Lunatic asylums Punjab 1911-1921 - 1911-1921
Year: 1911
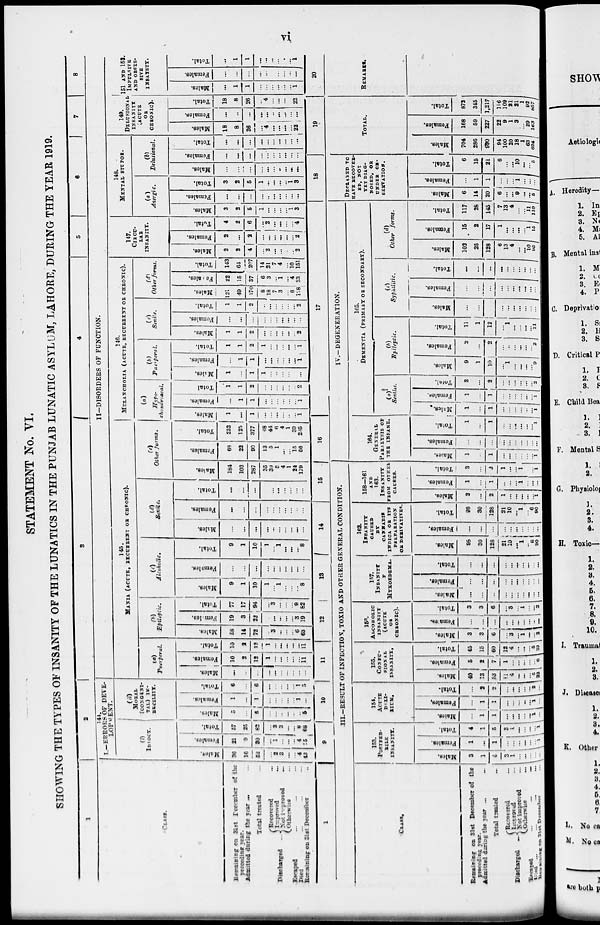
vi
STATEMENT No. VI.
SHOWING THE TYPES OF INSANITY OF THE LUNATICS IN THE PUNJAB LUNATIC ASYLUM, LAHORE, DURING THE YEAR 1919.
1
CLASS.
Remaining on 31st December of the
preceding year.
Admitted during the year ... ...
Total treated ...
Discharged ...
Recovered ...
Improved ...
Not improved ...
Otherwise ...
Escaped ... ... ...
Died ... ... ...
Remaining on 31st December ...
2
144.
I —ERRORS OF DEVE-
LOPMENT.
(i)
IDIOCY.
Males.
36
16
52
... 2
3
...
...
4
43
Females.
21 9
30
... 1
...
...
...
4
35
Total.
57
25
82
... 3
3
...
...
8
68
(ii)
MORAL
(CONGENI-
TAL) IM-
BECILITY.
Males.
5
...
5
...
...
...
...
...
..
5
Females.
1
...
1
...
...
...
...
1
...
Total.
6
...
6
...
...
...
...
...
1
5
5
6
7
8
II—DISORDERS OF FUNCTION.
145.
MANIA (ACUTE, RECUERENT OR CHRONIC).
(a)
Puerperal.
Mal es .
...
...
...
...
...
...
...
...
...
...
Femal es .
10
2
12
1
...
...
...
...
...
11
Tot al .
10
2
12
1
...
...
...
...
...
11
(b)
Epileptic.
Males.
58
14
72
...
3
...
...
...
6
63
Females.
19
3
22
...
...
...
...
...
3
19
Total.
77
17
94
...
3
...
...
...
9
82
(c)
Alcoholic.
Males.
9
1
10
1
...
1
...
...
...
8
Females.
...
...
...
...
...
...
...
...
...
...
Total.
9
1
10
1
...
1
...
...
...
8
(d)
Senile.
Males.
...
...
...
...
...
...
...
...
...
...
Females.
...
...
...
...
...
...
...
...
...
...
Total.
...
...
...
...
...
...
...
...
...
...
(e)
Other farms.
Males.
184
103
287
35
39
5
4
1
24
179
Females.
68
22
90
13
5
1
...
...
15
56
Total.
252
125
377
48
44
6
4
1
39
235
146.
MLLANCHOLIA (ACUTE, RECURRENT OF CHRONIC).
(a)
Hypo-
chondriacal.
Males.
1
...
1
...
...
...
...
...
...
1
Fe ma l
e s .
...
1
1
...
...
...
...
...
...
1
Tot al
1
1
2
...
...
...
...
...
...
2
(b)
Puerperal.
Mal es .
1
...
1
1
...
...
...
...
...
...
Femal es .
...
1
1
...
...
...
...
...
...
1
Tot al .
1
1
2
1
...
...
...
1
(c)
Senile.
Males.
1
1
2
...
...
...
...
...
...
2
Females.
...
...
...
...
...
...
...
...
...
...
Total.
1
1
2
..
...
...
...
...
...
2
(d)
Other forms.
Males.
121
49
170
8
18
7
3
...
6
128
Females.
22
15
37
6
3
...
1
...
4
23
Total.
143
64
207
14
21
7
4
...
10
151
147.
CIRCU-
LAR
INSANITY.
Males.
2
2
4
...
2
...
...
...
...
2
Females.
2
...
2
...
...
...
...
...
...
2
Total.
4
2
6
...
2
...
...
...
...
4
148.
MENTAL STUPOR.
(a)
Anergic.
Males.
3
2
5
1
...
...
...
...
1
3
Females.
...
...
...
...
...
...
...
...
...
...
Total.
3
2
5
1
...
...
...
...
1
3
(b)
Delusional.
Males.
...
...
...
...
...
...
...
...
...
...
Females.
...
...
...
...
...
...
...
...
...
...
Total.
...
...
...
...
...
...
...
...
...
...
149.
DELUSIONAL
INSANITY
(ACUTE
OR
CHRONIC).
Males.
18
8
26
...
4
...
...
...
22
Females.
...
...
...
...
...
...
...
...
...
...
Total.
18
8
26
...
4
...
...
...
...
22
151 AND 152.
IMPULSIVE
AND OBSES-
SIVE
INSANITY.
Males.
...
1
1
...
...
...
...
...
...
1
Females.
...
...
...
...
...
...
...
...
...
...
Total.
...
1
1
...
...
...
...
.
...
1
1
CLASS.
Remaining on 31st December of the
preceding year.
Admitted during the year ... ...
Total treated ...
Discharged
...
Recovered ...
Improved ...
Not improved ...
Otherwise ...
Escaped
...
...
...
Died ... ... ... ...
Remaining on 31st December...
9
10
11
12
13
14
15
III.–RESULT OF INFECTION, TOXIO AND OTHER GENERAL CONDITION.
153.
POSTFEB-
RILE
INSANITY.
Males.
3
1
4
3
1
...
...
...
... ...
Females.
1
...
1
...
...
...
...
...
...
1
Total.
4
1
5
3
1
..
...
...
...
1
154
ACUTE
DELI-
RIUM.
Males.
...
1
1
...
...
...
...
...
1
...
Females.
...
1
1
...
...
...
...
...
1 ...
Total.
...
2
2
...
...
...
...
...
2
...
155.
CONFU-
SIONAL
INSANITY.
Males.
40
13
53
11
4
...
...
...
5
33
Females.
5
2
7
1
...
...
...
...
...
6
Total.
45
15
60
12
4
...
...
...
5
39
156.
ALCOHOLIC
INSANITY
(ACUTE
OR
CHRONIC).
Males.
3
3
6
...
3
...
1
...
...
2
Females.
...
...
...
...
...
...
...
...
...
...
Total.
3
3
6
...
3
...
1
...
...
2
157.
INSANITY
F
MYXOEDEMA.
Males.
...
...
...
...
...
...
...
...
...
...
Females.
...
...
...
...
...
...
...
...
...
...
Total.
...
...
...
...
...
...
...
...
...
162.
INSANITY
CAUSED BY
CANNABIS
INDICA OR ITS
PREPARATION
OR DERIVATIVES.
Males.
98
30
128
21
10
... 1
...
6
90
Females.
...
...
...
...
...
...
...
...
...
...
Total.
98
30
128
21
10
...
1
...
6
90
158—161
AND
163.
INSANITY
FROM OTHER
CAUSES.
Males.
2
...
2
1
...
...
...
...
...
1
Females.
1
...
1
...
...
...
1
...
...
...
Total.
3
...
3
1
...
... 1
...
...
1
16
17
IV.––DEGENERATION.
164.
GENARAL
PARALYSIS OF
THE INSANE.
Mates.
1
...
1
...
...
...
...
...
...
1
Females.
...
...
...
...
...
...
...
...
...
...
Total.
1
...
1
...
...
...
...
...
... 1
165.
DEMENTIA (PRIMARY OR SECONDARY).
(a)
Seniles.
Males.
1
...
1
...
...
...
...
...
...
1
Females.
1
...
1
...
...
...
...
...
...
1
Total.
2
...
2
...
...
...
...
...
...
2
(b)
Epileptic.
Males.
9
1
10
...
1
...
...
...
...
9
Females.
2
...
2
...
...
...
...
...
...
2
Total.
11
1
12
...
1
...
...
...
...
11
(c)
Syphilitic.
Males.
...
...
...
...
...
...
...
...
...
...
Females.
...
...
...
...
...
...
...
...
...
...
Total.
...
...
...
...
...
...
...
...
...
...
(d)
Other
forms.
Males.
102
26
128
6
13
4
...
...
10
95
Females.
15
2
17
1
...
...
...
...
1
15
Total.
117
28
145
7
13
4
...
...
11
110
18
DECLARED TO
HAVE RECOVER-
ED, NOT
YET DIAG-
NOSED, OR
UNDER OR-
SERVATION.
Males.
6
14
20
6
...
...
9
..
...
5
Females.
...
1
1
...
...
...
1
...
...
...
Total.
6
15
21
6
...
...
10
...
...
5
19
TOTAL.
Males.
704
286
990
94
100
20
18
1
63
694
Females.
168
59
227
22
9
1
3
...
29
163
Total.
872
345
1,217
116
109
21
21
1
92
857
20
REMARKS.